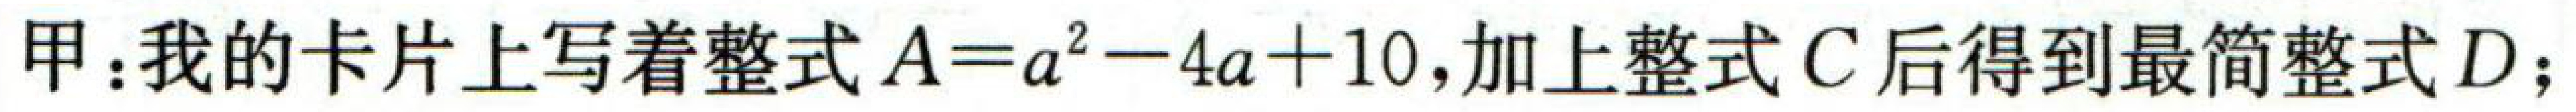
甲：我的卡片上写着整式\(A = a^{2}-4a + 10\)，加上整式\(C\)后得到最简整式\(D\)；